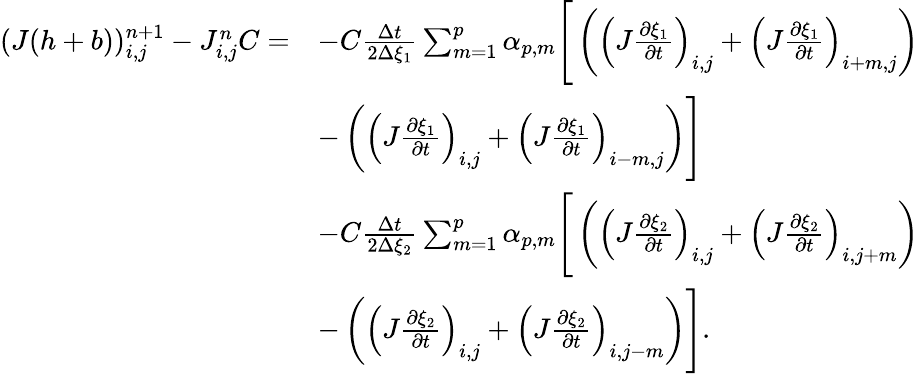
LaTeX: \begin{array}{rl}{(J(h+b))_{i,j}^{n+1}-J_{i,j}^{n}C=}&{-C\frac{\Delta t}{2\Delta{\xi_{1}}}\sum_{m=1}^{p}\alpha_{p,m}\Bigg[\left(\left(J\frac{\partial\xi_{1}}{\partial t}\right)_{i,j}+\left(J\frac{\partial\xi_{1}}{\partial t}\right)_{i+m,j}\right)}\\ &{-\left(\left(J\frac{\partial\xi_{1}}{\partial t}\right)_{i,j}+\left(J\frac{\partial\xi_{1}}{\partial t}\right)_{i-m,j}\right)\Bigg]}\\ &{-C\frac{\Delta t}{2\Delta{\xi_{2}}}\sum_{m=1}^{p}\alpha_{p,m}\Bigg[\left(\left(J\frac{\partial\xi_{2}}{\partial t}\right)_{i,j}+\left(J\frac{\partial\xi_{2}}{\partial t}\right)_{i,j+m}\right)}\\ &{-\left(\left(J\frac{\partial\xi_{2}}{\partial t}\right)_{i,j}+\left(J\frac{\partial\xi_{2}}{\partial t}\right)_{i,j-m}\right)\Bigg].}\end{array}